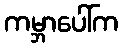
ကမ္ဘာပေါ်က